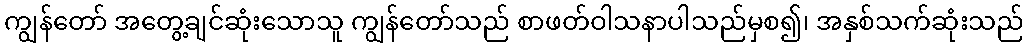
ကျွန်တော် အတွေ့ချင်ဆုံးသောသူ ကျွန်တော်သည် စာဖတ်ဝါသနာပါသည်မှစ၍၊ အနှစ်သက်ဆုံးသည်